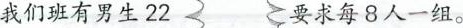
我们班有男生22 要求每8人一组。